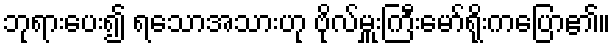
ဘုရားပေး၍ ရသောအသားဟု ဗိုလ်မှူးကြီးမော်ရိုးကပြော၏။